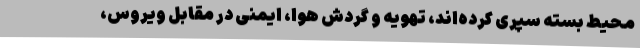
محیط بسته سپری کرده‌اند، تهویه و گردش هوا، ایمنی در مقابل ویروس،